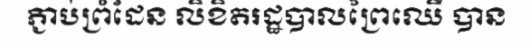
ភ្ជាប់ព្រំដែន លិខិតរដ្ឋបាលព្រៃឈើ បាន